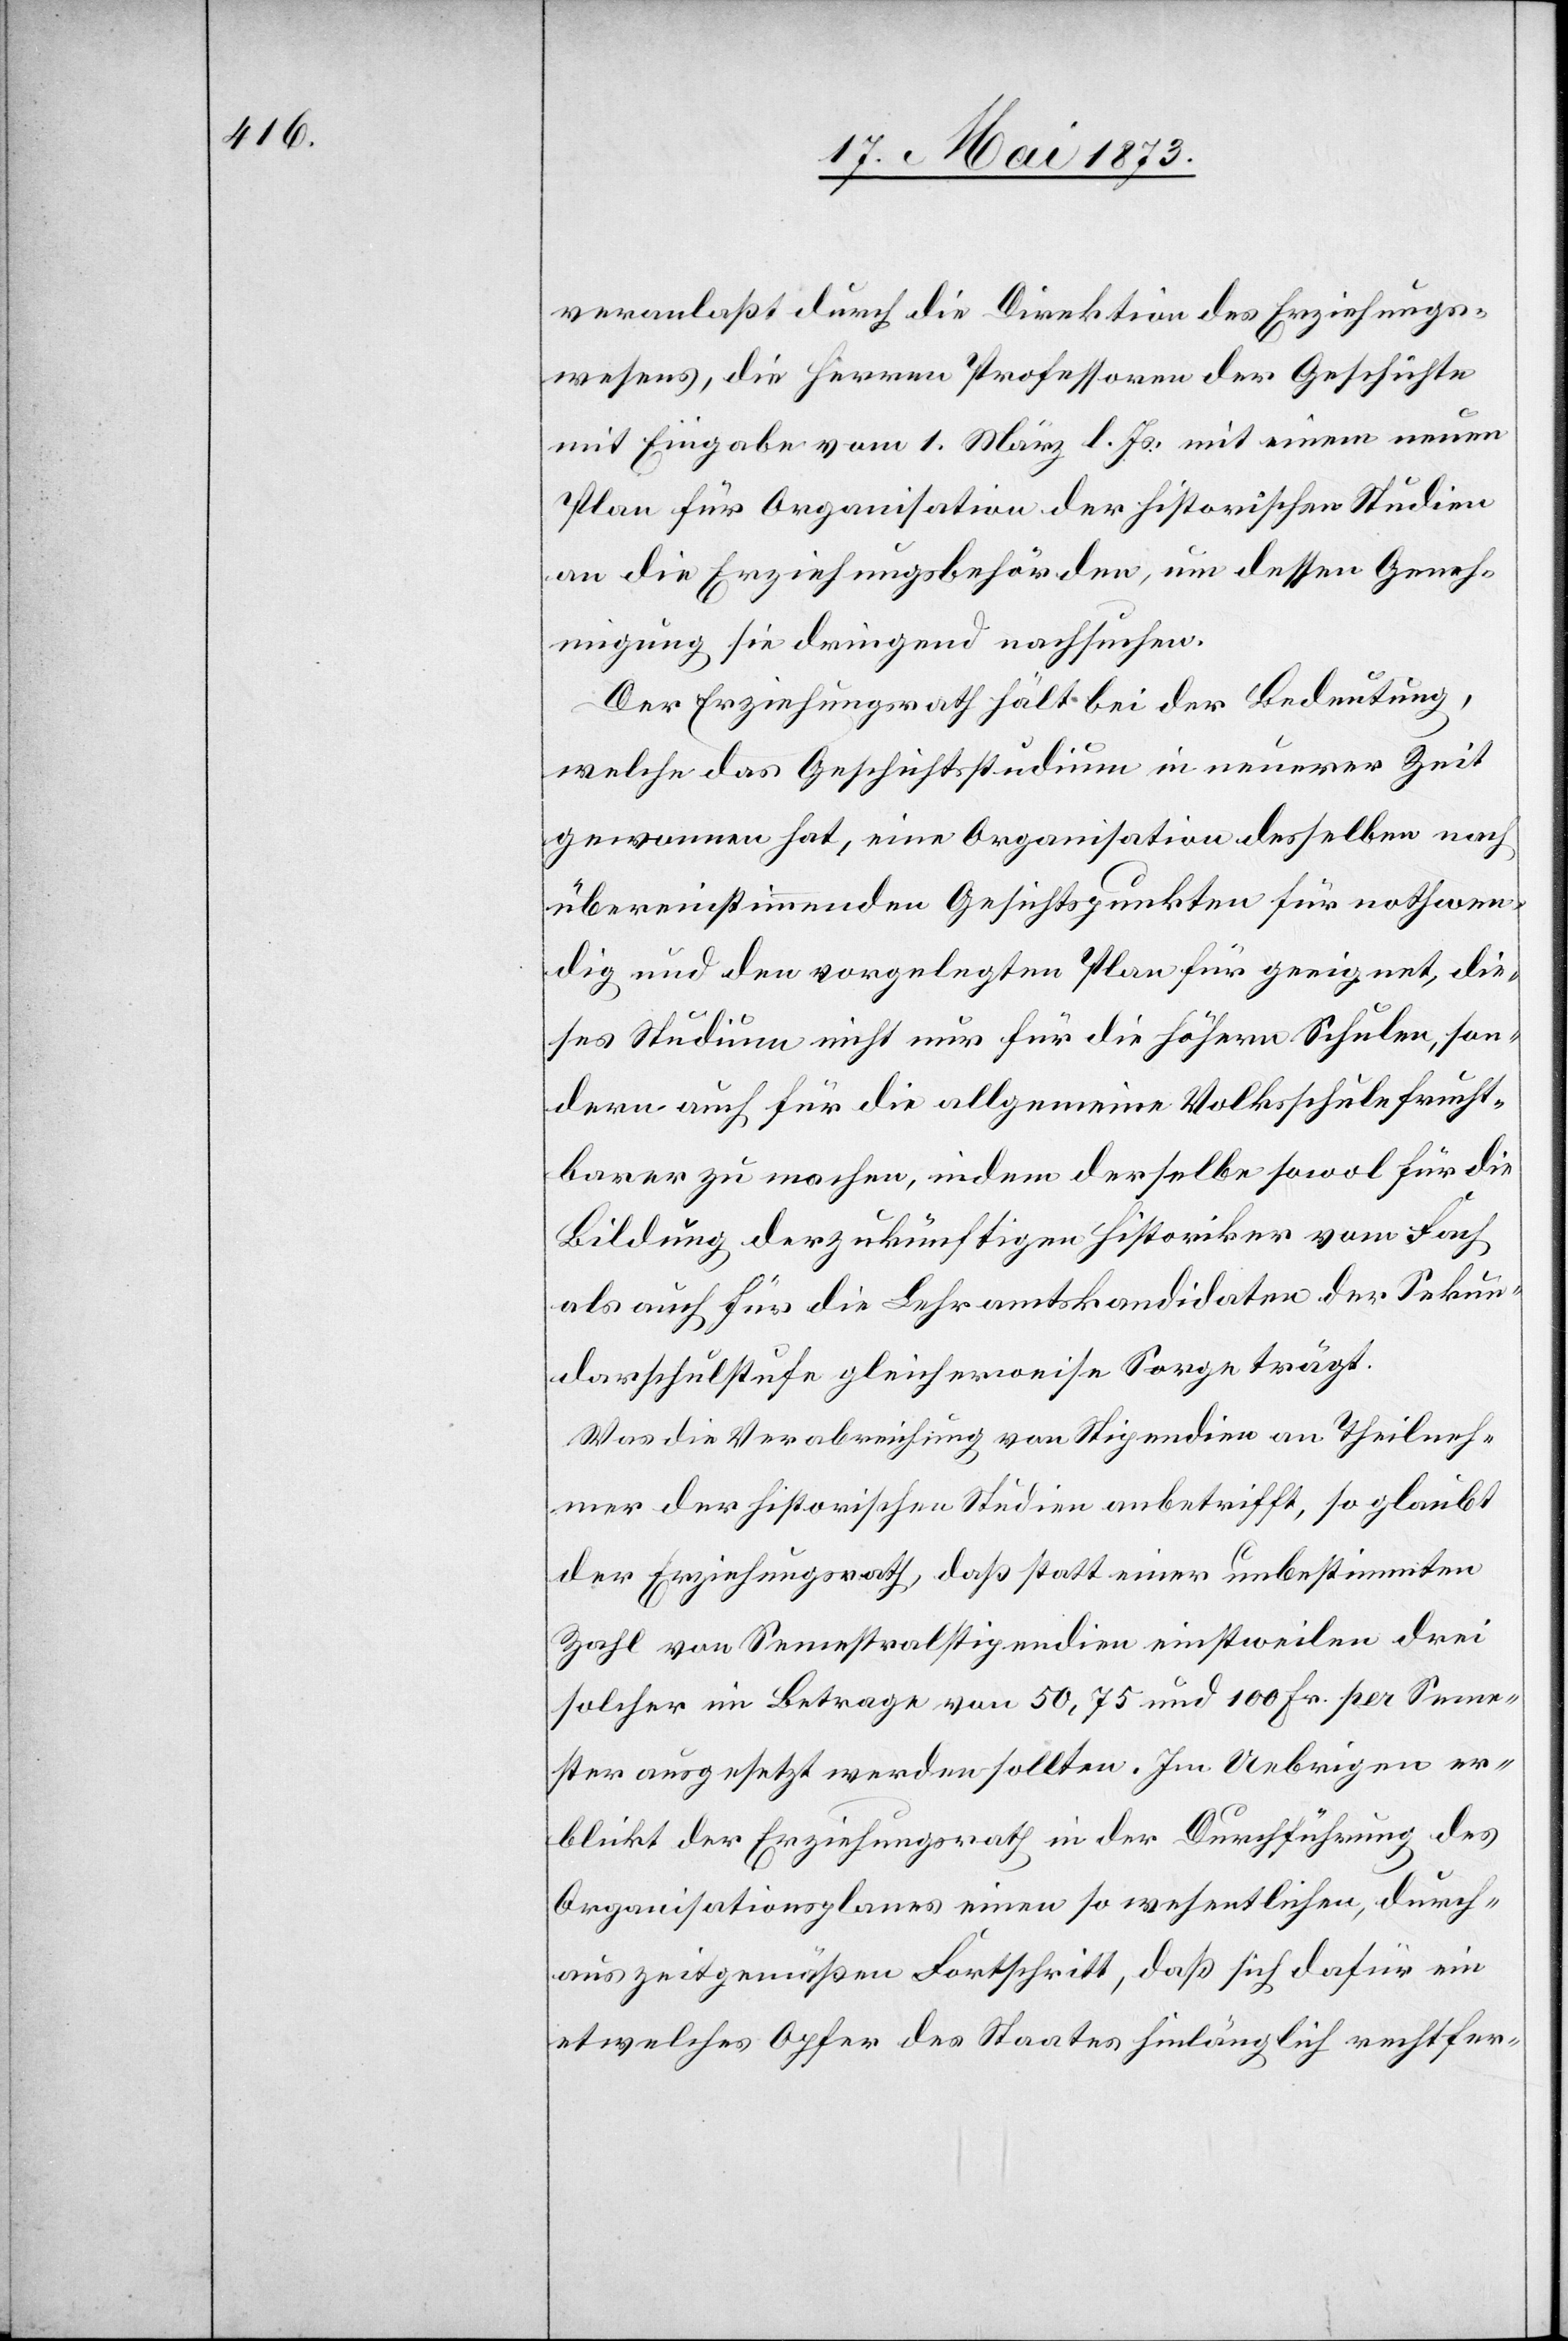
veranlaßt durch die Direktion des Erziehungs¬
wesens, die Herren Professoren der Geschichte
mit Eingabe vom 1. März l. Js. mit einem neuen
Plan für Organisation der historischen Studien
an die Erziehungsbehörden, um dessen Geneh¬
migung sie dringend nachsuchen.
Der Erziehungsrath hält bei der Bedeutung,
welche das Geschichtsstudium in neuerer Zeit
gewonnen hat, eine Organisation desselben nach
übereinstimmenden Gesichtspunkten für nothwen¬
dig und den vorgelegten Plan für geeignet, die¬
ses Studium nicht nur für die höhern Schulen, son¬
dern auch für die allgemeine Volksschule frucht¬
barer zu machen, indem derselbe sowol für die
Bildung der zukünftigen Historiker vom Fach
als auch für die Lehramtskandidaten der Sekun¬
darschulstufe gleicherweise Sorge trägt.
Was die Verabreichung von Stipendien an Theilneh¬
mer der historischen Studien anbetrifft, so glaubt
der Erziehungsrath, daß statt einer unbestimmten
Zahl von Semestralstipendien einstweilen drei
solcher im Betrage von 50,75 und 100 Fr. per Seme¬
ster ausgesetzt werden sollten. Im Uebrigen er¬
blickt der Erziehungsrath in der Durchführung des
Organisationsplanes einen so wesentlichen, durch¬
aus zeitgemäßen Fortschritt, daß sich dafür ein
etwelches Opfer des Staates hinlänglich rechtfer-